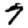
Digit: 7